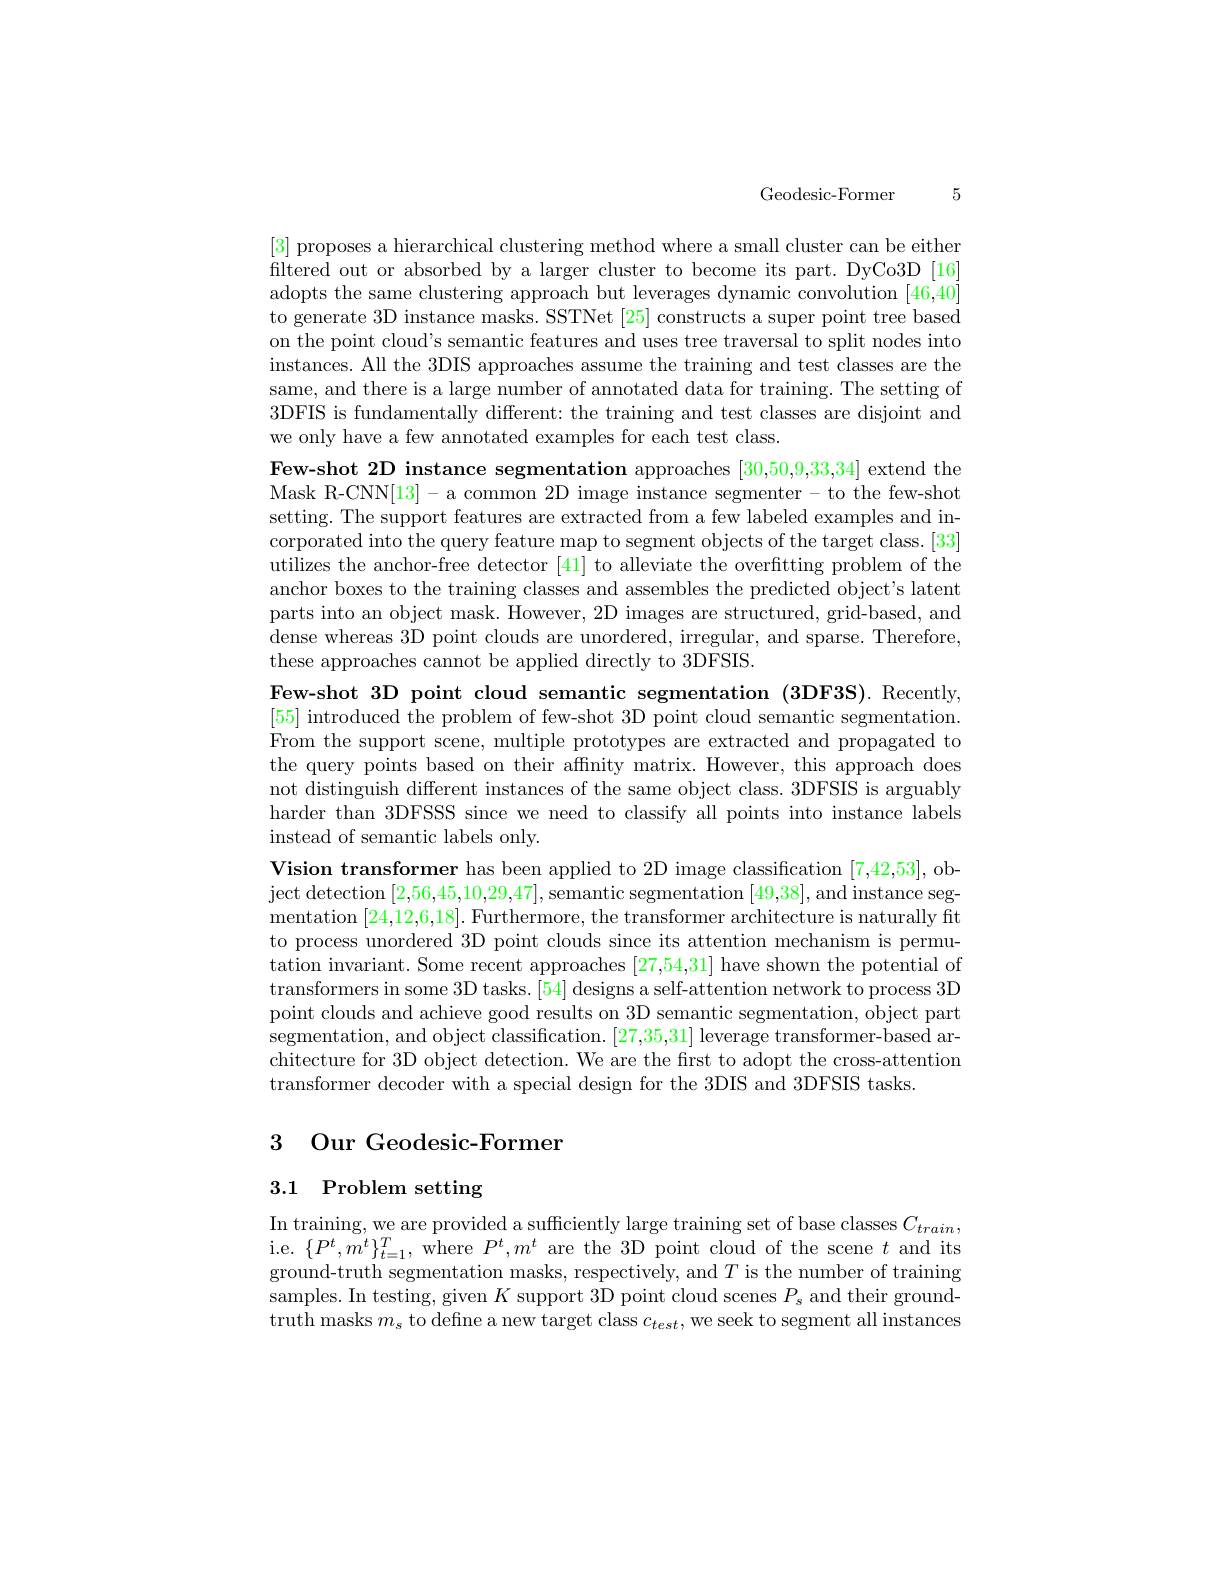
5

Geodesic-Former

[3] proposes a hierarchical clustering method where a small cluster can be either filtered out or absorbed by a larger cluster to become its part. DyCo3D [16] adopts the same clustering approach but leverages dynamic convolution [46,40] to generate 3D instance masks. SSTNet [25] constructs a super point tree based on the point cloud's semantic features and uses tree traversal to split nodes into instances. All the 3DIS approaches assume the training and test classes are the same, and there is a large number of annotated data for training. The setting of 3DFIS is fundamentally different: the training and test classes are disjoint and we only have a few annotated examples for each test class.

Few-shot 2D instance segmentation approaches [30,50,9,33,34] extend the Mask R-CNN[13]- a common 2D image instance segmenter- to the few-shot setting. The support features are extracted from a few labeled examples and incorporated into the query feature map to segment objects of the target class. [33] utilizes the anchor-free detector [41] to alleviate the overfitting problem of the anchor boxes to the training classes and assembles the predicted object's latent parts into an object mask. However, 2D images are structured, grid-based, and dense whereas 3D point clouds are unordered, irregular, and sparse. Therefore, these approaches cannot be applied directly to 3DFSIS.
Few-shot 3D point cloud semantic segmentation (3DF3S).Recently, [55] introduced the problem of few-shot 3D point cloud semantic segmentation. From the support scene, multiple prototypes are extracted and propagated to the query points based on their affnity matrix. However, this approach does not distinguish different instances of the same object class. 3DFSIS is arguably harder than 3DFSSS since we need to classify all points into instance labels instead of semantic labels only.
Vision transformer has been applied to 2D image classification [7,42,53], ob- $\begin{aligned}\text{ject detection [2,56,45,10,29,47], semantic segmentation [49,38], and instance seg-}\end{aligned}$ mentation [24,12,6,18]. Furthermore, the transformer architecture is naturally fit to process unordered 3D point clouds since its attention mechanism is permutation invariant. Some recent approaches [27,54,31] have shown the potential of transformers in some 3D tasks. [54] designs a self-attention network to process 3D point clouds and achieve good results on 3D semantic segmentation, object part segmentation, and object classification. [27,35,31] leverage transformer-based architecture for 3D object detection. We are the frst to adopt the cross-attention transformer decoder with a special design for the 3DIS and 3DFSIS tasks.

# 3 Our Geodesic-Formen

# 3.1 Problem setting

In training, we are provided a sufficiently large training set of base classes $C_{train}$, i.e. $\{P^{t},m^{t}\}_{t=1}^{T}$, where $P^{t},m^{t}$ are the 3D point cloud of the scene $t$ and its ground-truth segmentation masks, respectively, and $T$ is the number of training samples. In testing, given $K$ support 3D point cloud scenes $P_s$ and their groundtruth masks $m_s$ to defne a new target class $c_test$,we seek to segment all instances